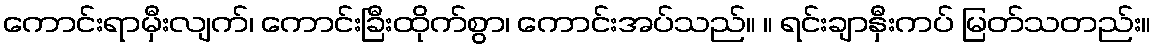
ကောင်းရာမှီးလျက်၊ ကောင်းခြီးထိုက်စွာ၊ ကောင်းအပ်သည်။ ။ ရင်းချာနှီးကပ် မြတ်သတည်း။